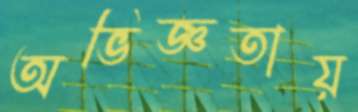
অভিজ্ঞতায়